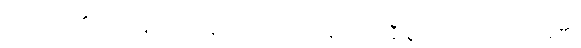
ထင်တတ်၏။ လဟုရူပပဒဋ္ဌာနာ၊ ပေါ့ ပါးသောရုပ်လျှင် နီးစွာသောအကြောင်းရှိ၏။